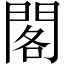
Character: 閣